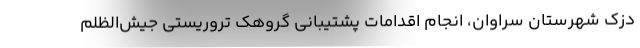
دزک شهرستان سراوان، انجام اقدامات پشتیبانی گروهک تروریستی جیش‌الظلم